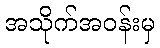
အသိုက်အဝန်းမှ